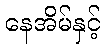
နေအိမ်နှင့်